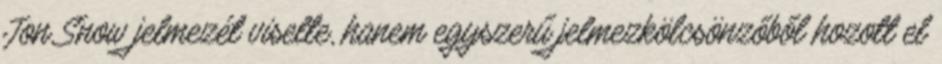
Jon Snow jelmezét viselte, hanem egyszerű jelmezkölcsönzőből hozott el